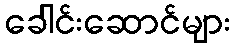
ခေါင်းဆောင်များ